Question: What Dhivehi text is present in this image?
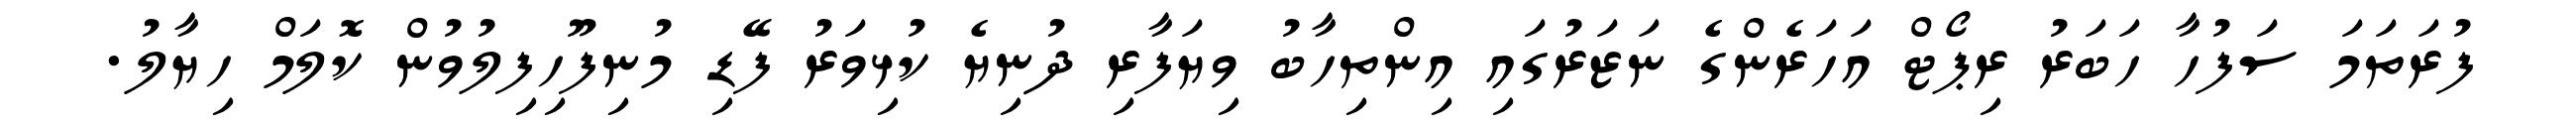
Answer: ފުރަތަމަ ސަފުހާ ހަބަރު ރިޕޯޓް އަހަރެންގެ ނަޒަރުގައި އިންތިހާބު ވިޔަފާރި ދުނިޔެ ކުޅިވަރު ފޭޑި މުނިފޫހިފިލުވުން ކޮލަމް ހިޔާލު.